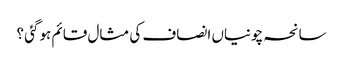
سانحہ چونیاں انصاف کی مثال قائم ہوگئی ؟